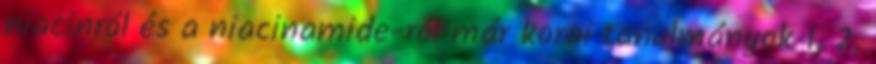
niacinról és a niacinamide-ról már korai tanulmányok 1, 2,